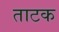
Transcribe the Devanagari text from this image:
ताटक